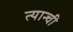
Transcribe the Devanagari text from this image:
त्यान्ची